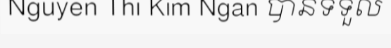
Nguyen Thi Kim Ngan បានទទួល